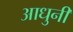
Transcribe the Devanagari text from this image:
आधुनी